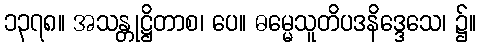
၁၃၇၈။ အသန္တုဋ္ဌိတာစ၊ ပေ။ ဓမ္မေသူတိပဒနိဒ္ဒေသေ၊ ၌။